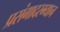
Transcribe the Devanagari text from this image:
प्रसंगादरम्यान